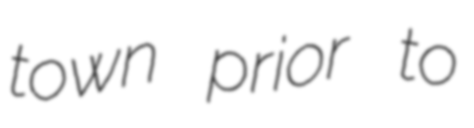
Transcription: town prior to